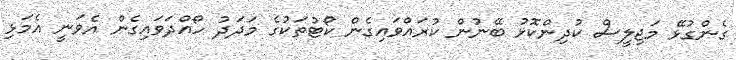
ގެންގުޅޭ މަޖިލީސް ކުދިންކޮޅު ބޭނުން ކުރައްވައިގެން ކޯޓުތަކުގެ މަދަދު ހޯއްދަވައިގެން އެވަނީ އެމަޅި